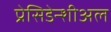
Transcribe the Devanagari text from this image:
प्रेसिडेन्शीअल